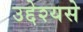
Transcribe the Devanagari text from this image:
उद्देश्यसे